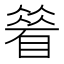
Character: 䁞